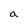
Character: a